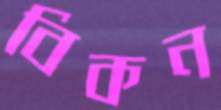
বিকন